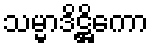
သမ္မာဒိဋ္ဌိကော